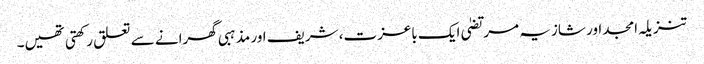
تنزیلہ امجد اور شازیہ مرتضیٰ ایک باعزت، شریف اور مذہبی گھرانے سے تعلق رکھتی تھیں۔